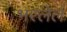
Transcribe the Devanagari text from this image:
भरलेलं